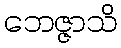
ဘေဇ္ဇာသိ